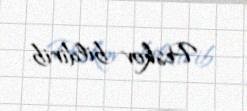
- Peskov bildirib.